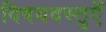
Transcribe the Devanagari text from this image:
विषयवस्तुएँ